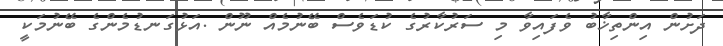
ދަށުން އިންތިޚާބު ވެފައިވާ މި ސަރުކާރުގެ ކުޑަވެސް ބޭނުމެއް ނޫން .އަޅުގަނޑުމެންގެ ބޭނުމަކީ